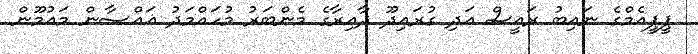
ޕީޕީއެމްގެ ނައިބު ރައީސް އަދި ގުރައިދޫ ދާއިރާގެ މެންބަރު މުހައްމަދު ޣައްސާން މައުމޫން